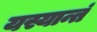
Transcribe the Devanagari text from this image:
यस्यान्तं